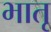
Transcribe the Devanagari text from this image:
भातृ